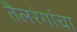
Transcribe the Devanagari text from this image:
तैलरंगांचा